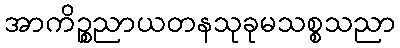
အာကိဉ္စညာယတနသုခုမသစ္စသညာ